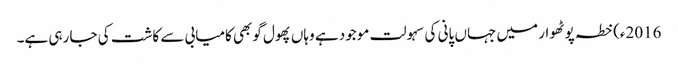
2016ء)خطہ پوٹھوار میں جہاں پانی کی سہولت موجود ہے وہاں پھول گوبھی کامیابی سے کاشت کی جا رہی ہے۔